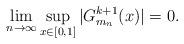
LaTeX: \begin{align*}\lim_{n \to \infty}\sup_{x \in [0,1]}|G^{k+1}_{m_n}(x)| = 0 .\end{align*}